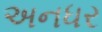
અનધર